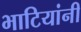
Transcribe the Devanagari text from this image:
भाटियांनी